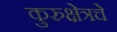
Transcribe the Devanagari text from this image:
कुरुक्षेत्रचे